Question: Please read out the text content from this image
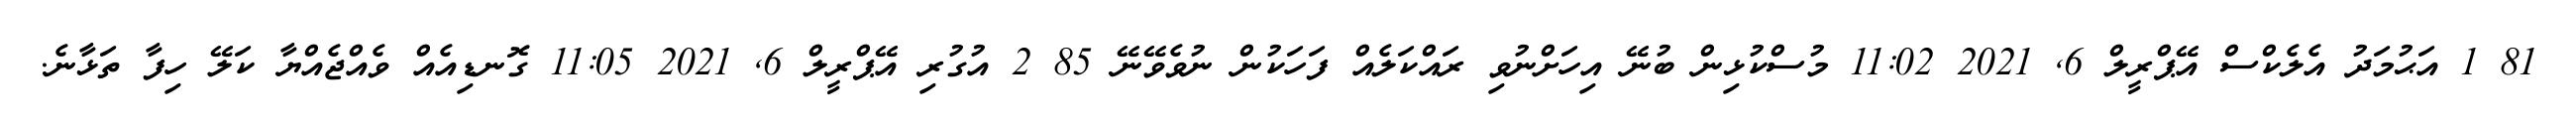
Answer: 81 1 އަޙުމަދު އެލެކްސް އޭޕްރީލް 6, 2021 11:02 މުސްކުޅިން ބުނޭ އިހަށްނުވި ރައްކަލެއް ފަހަކުން ނުވެވޭނޭ 85 2 އުގުރި އޭޕްރީލް 6, 2021 11:05 ގޮނޑިއެއް ވެއްޖެއްޔާ ކަލޭ ހިފާ ތަޅާނެ.